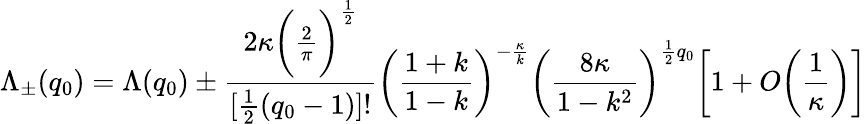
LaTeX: \Lambda_{\pm}(q_{0})=\Lambda(q_{0})\pm\frac{2\kappa\bigg(\frac{2}{\pi}\bigg)^{\frac{1}{2}}}{[\frac{1}{2}(q_{0}-1)]!}\bigg(\frac{1+k}{1-k}\bigg)^{-\frac{\kappa}{k}}\bigg(\frac{8\kappa}{1-k^{2}}\bigg)^{\frac{1}{2}q_{0}}\bigg[1+O\bigg(\frac{1}{\kappa}\bigg)\bigg]